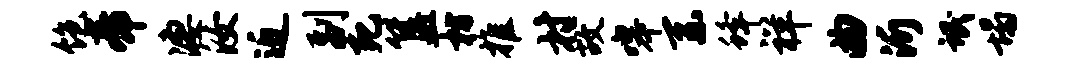
饱帝凄汝近副死簋枋推村故嗥系蜂祥曲沂氓塌